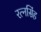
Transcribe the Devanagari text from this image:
रत्‍नसिंह